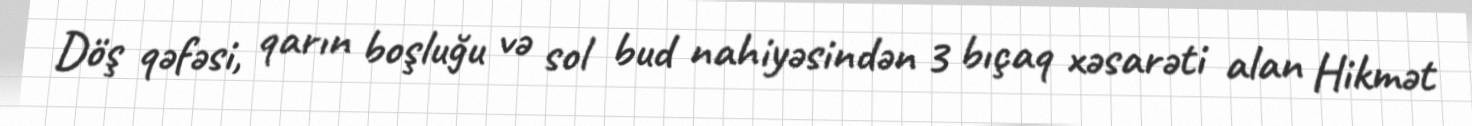
Döş qəfəsi, qarın boşluğu və sol bud nahiyəsindən 3 bıçaq xəsarəti alan Hikmət